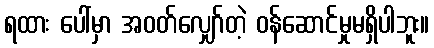
ရထား ပေါ်မှာ အဝတ်လျှော်တဲ့ ဝန်ဆောင်မှုမရှိပါဘူး။